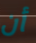
أن